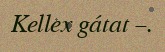
Kellex gátat –.